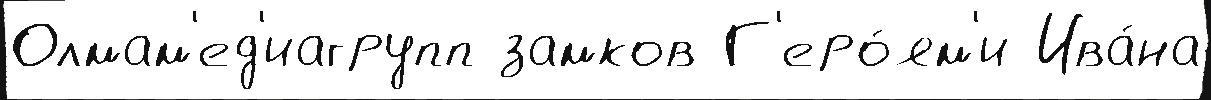
Олмам'ед'иагрупп замков Г'еро́ям'и Ива́на